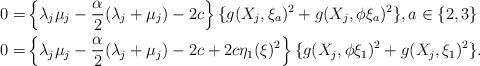
LaTeX: \begin{align*}0=&\left\{\lambda_j\mu_j-\frac{\alpha}2(\lambda_j+\mu_j)-2c\right\}\{g(X_j,\xi_a)^2+g(X_j,\phi\xi_a)^2\}, a\in\{2,3\}\\ 0=&\left\{\lambda_j\mu_j-\frac{\alpha}2(\lambda_j+\mu_j)-2c+2c\eta_1(\xi)^2\right\}\{g(X_j,\phi\xi_1)^2+g(X_j,\xi_1)^2\}. \end{align*}